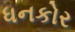
ધનકોર